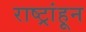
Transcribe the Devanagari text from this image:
राष्ट्रांहून